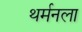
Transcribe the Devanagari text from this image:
थर्मनला